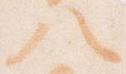
八